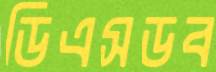
ডিএসডব